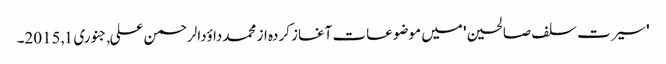
'سیرت سلف صالحین' میں موضوعات آغاز کردہ از محمدداؤدالرحمن علی, ‏جنوری 1, 2015۔